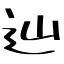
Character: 辿